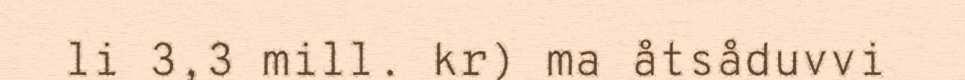
li 3,3 mill. kr) ma åtsåduvvi